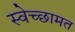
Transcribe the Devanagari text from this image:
स्वेच्छामत